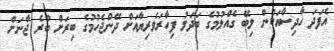
އެފަދަ ހާދިސާއަކުން ލިބޭ ގެއްލުމުގެ ބަދަލު ފިހާރަވެރިޔާއަށް ދޭންޖެހުމުގެ ބިރަށް ބުރެ ޖާނަށް